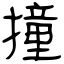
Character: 撞